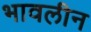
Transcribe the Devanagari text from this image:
भावलीन